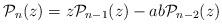
LaTeX: \begin{align*}\mathcal{P}_n(z) = z\mathcal{P}_{n-1}(z) - ab\mathcal{P}_{n-2}(z)\end{align*}